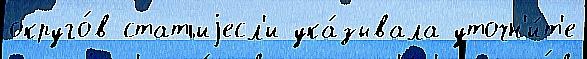
округо́в статьиjесл'и ука́зывала уточн'и́т'е